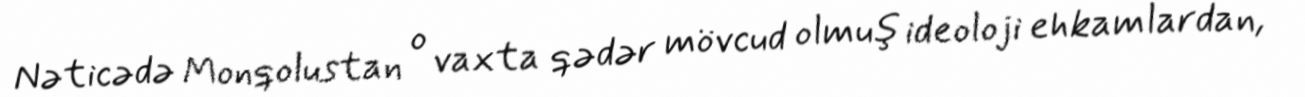
Nəticədə Monqolustan o vaxta qədər mövcud olmuş ideoloji ehkamlardan,